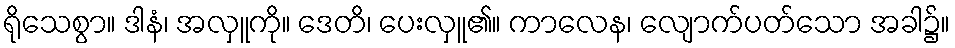
ရိုသေစွာ။ ဒါနံ၊ အလှူကို။ ဒေတိ၊ ပေးလှူ၏။ ကာလေန၊ လျောက်ပတ်သော အခါ၌။